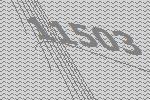
11503